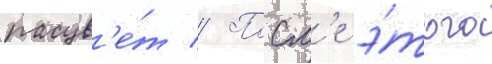
расцв'е́т // Посл'е э́того